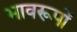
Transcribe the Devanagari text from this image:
भावरूपों